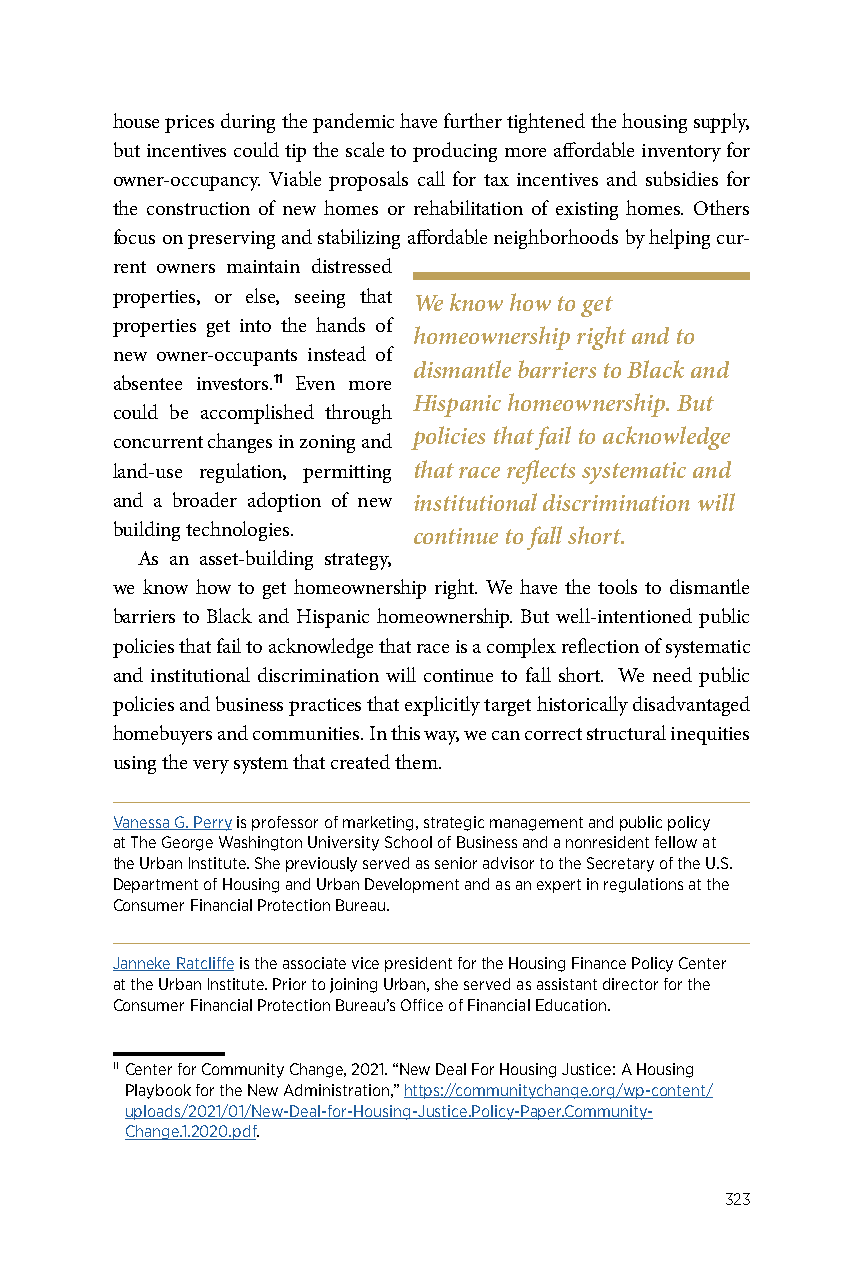
house prices during the pandemic have further tightened the housing supply,
 but incentives could tip the scale to producing more affordable inventory for
 owner-occupancy. Viable proposals call for tax incentives and subsidies for
 the construction of new homes or rehabilitation of existing homes. Others
 focus on preserving and stabilizing affordable neighborhoods by helping cur-
 rent owners maintain distressed
 properties, or else, seeing that We know how to get
 properties get into the hands of
 homeownership right and to
 new owner-occupants instead of
 dismantle barriers to Black and
 absentee investors.11 Even more
 Hispanic homeownership. But
 could be accomplished through
 policies that fail to acknowledge
 concurrent changes in zoning and
 land-use regulation, permitting that race reflects systematic and
 and a broader adoption of new institutional discrimination will
 building technologies. continue to fall short.
 As an asset-building strategy,
 we know how to get homeownership right. We have the tools to dismantle
 barriers to Black and Hispanic homeownership. But well-intentioned public
 policies that fail to acknowledge that race is a complex reflection of systematic
 and institutional discrimination will continue to fall short. We need public
 policies and business practices that explicitly target historically disadvantaged
 homebuyers and communities. In this way, we can correct structural inequities
 using the very system that created them.
 Vanessa G. Perry is professor of marketing, strategic management and public policy
 at The George Washington University School of Business and a nonresident fellow at
 the Urban Institute. She previously served as senior advisor to the Secretary of the U.S.
 Department of Housing and Urban Development and as an expert in regulations at the
 Consumer Financial Protection Bureau.
 Janneke Ratcliffe is the associate vice president for the Housing Finance Policy Center
 at the Urban Institute. Prior to joining Urban, she served as assistant director for the
 Consumer Financial Protection Bureau’s Office of Financial Education.
 11 Center for Community Change, 2021. “New Deal For Housing Justice: A Housing
 Playbook for the New Administration,” https://communitychange.org/wp-content/
 uploads/2021/01/New-Deal-for-Housing-Justice.Policy-Paper.Community-
 Change.1.2020.pdf.
 323